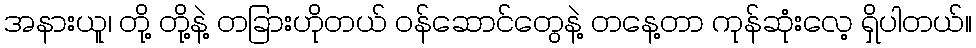
အနားယူ၊ တို့ တို့နဲ့ တခြားဟိုတယ် ဝန်ဆောင်တွေနဲ့ တနေ့တာ ကုန်ဆုံးလေ့ ရှိပါတယ်။